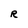
Character: R